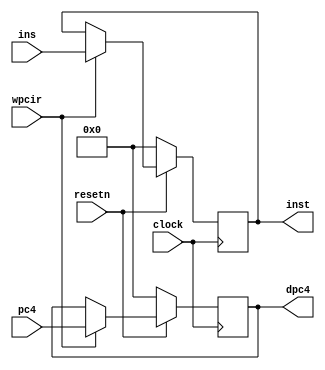
module pipeir ( pc4,ins,wpcir,clock,resetn,dpc4,inst );
	input wpcir, clock, resetn;
	input [31:0] pc4, ins;
	output [31:0] dpc4, inst;
	
	reg [31:0] dpc4, inst;
	
	always @ (posedge clock) begin
		if (resetn == 0) begin
			dpc4 <= 0;
			inst <= 0;
		end
		else begin
			if (wpcir) begin
				dpc4 <= pc4;
				inst <= ins;
			end
		end
	end
endmodule